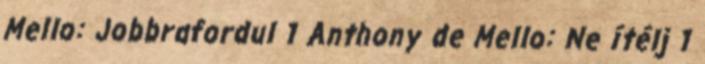
Mello: Jobbrafordul 1 Anthony de Mello: Ne ítélj 1